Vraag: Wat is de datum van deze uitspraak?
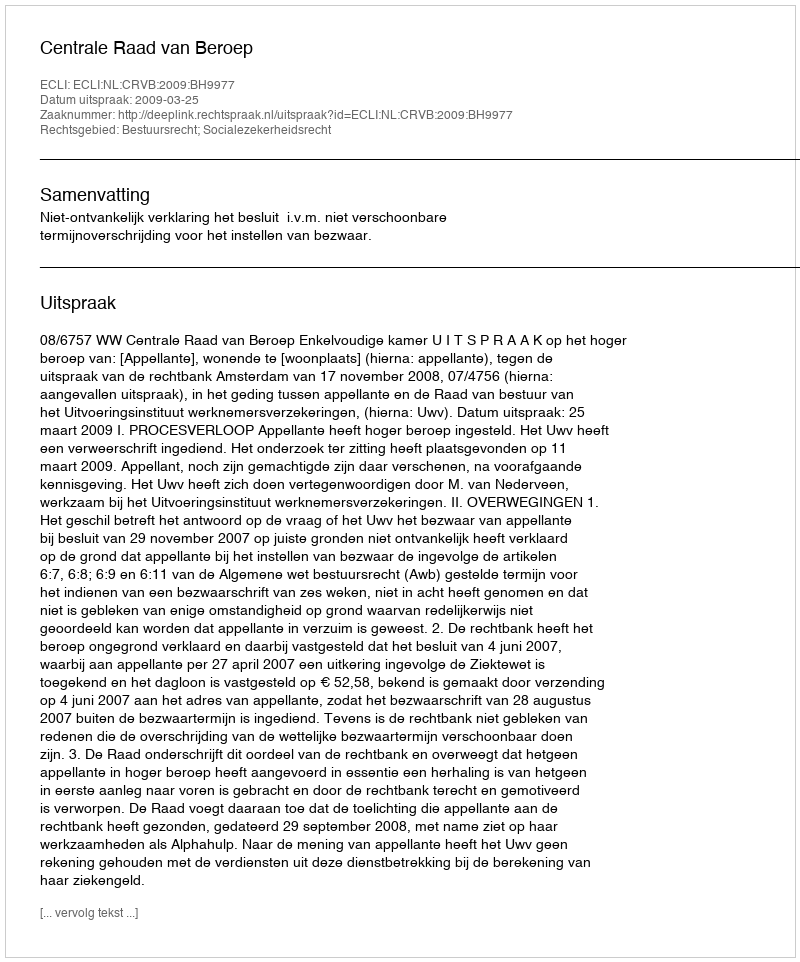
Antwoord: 2009-03-25